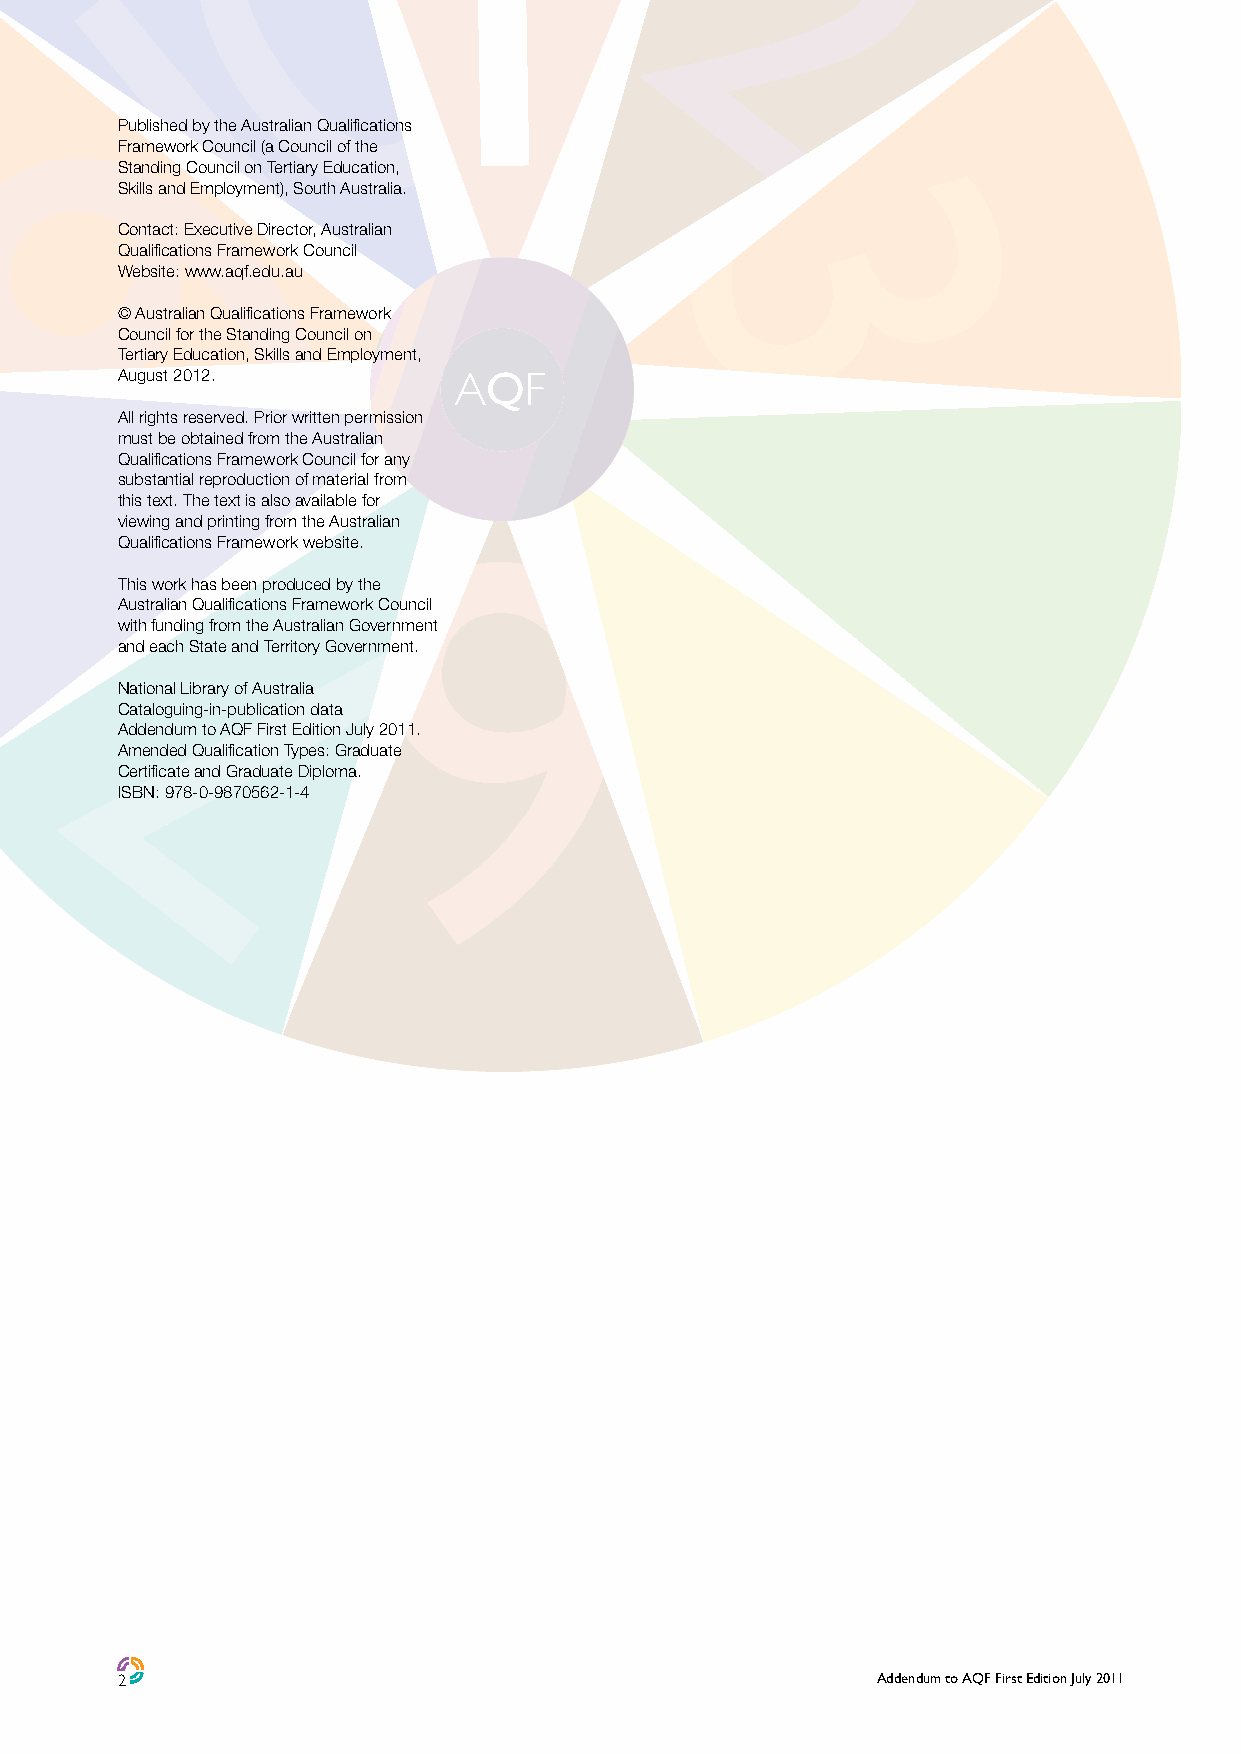
Published by the Australian Qualifications
 Framework Council (a Council of the
 Standing Council on Tertiary Education,
 Skills and Employment), South Australia.
 Contact: Executive Director, Australian
 Qualifications Framework Council
 Website: www.aqf.edu.au
 © Australian Qualifications Framework
 Council for the Standing Council on
 Tertiary Education, Skills and Employment,
 August 2012.
 All rights reserved. Prior written permission
 must be obtained from the Australian
 Qualifications Framework Council for any
 substantial reproduction of material from
 this text. The text is also available for
 viewing and printing from the Australian
 Qualifications Framework website.
 This work has been produced by the
 Australian Qualifications Framework Council
 with funding from the Australian Government
 and each State and Territory Government.
 National Library of Australia
 Cataloguing-in-publication data
 Addendum to AQF First Edition July 2011.
 Amended Qualification Types: Graduate
 Certificate and Graduate Diploma.
 ISBN: 978-0-9870562-1-4
 2                                                 Addendum to AQF First Edition July 2011